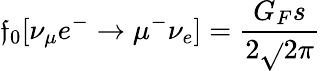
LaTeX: \mathfrak{f}_{0}[\nu_{\mu}e^{-}\rightarrow\mu^{-}\nu_{e}]=\frac{{G_{F}s}}{{2\sqrt{}{2}\pi}}